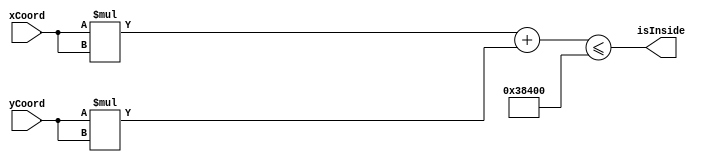
module circleChecker (
   output reg        isInside,
   input  wire [9:0] xCoord,
   input  wire [9:0] yCoord
);

   parameter CIRCLE_RADIUS_SQUARED = 18'h3_8400;

   reg [18:0] xSquared, ySquared;
   reg [19:0] squaredSum;
   
   always @ (*) begin
      xSquared = xCoord * xCoord;
      ySquared = yCoord * yCoord;
      squaredSum = xSquared + ySquared;
      isInside = squaredSum <= CIRCLE_RADIUS_SQUARED;
   end
endmodule

module circleChecker_testbench ();
   wire       isInside;
   reg  [9:0] xCoord, yCoord;
   
   circleChecker dut (.isInside(isInside), .xCoord(xCoord), .yCoord(yCoord));
   
   initial begin
      xCoord <= 10'd0;   yCoord <= 10'd0;   #10;
      xCoord <= 10'd472;                    #10;
                         yCoord <= 10'd472; #10;
      xCoord <= 10'd333;                    #10;
                         yCoord <= 10'd333; #10;
      xCoord <= 10'd400;                    #10;
      $stop;
   end
endmodule